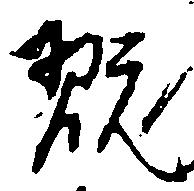
翫